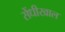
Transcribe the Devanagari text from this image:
सेंधीखाल